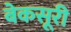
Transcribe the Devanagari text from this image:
बेकसूरी